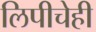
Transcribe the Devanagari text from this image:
लिपीचेही